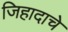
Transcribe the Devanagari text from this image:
जिहादाचे